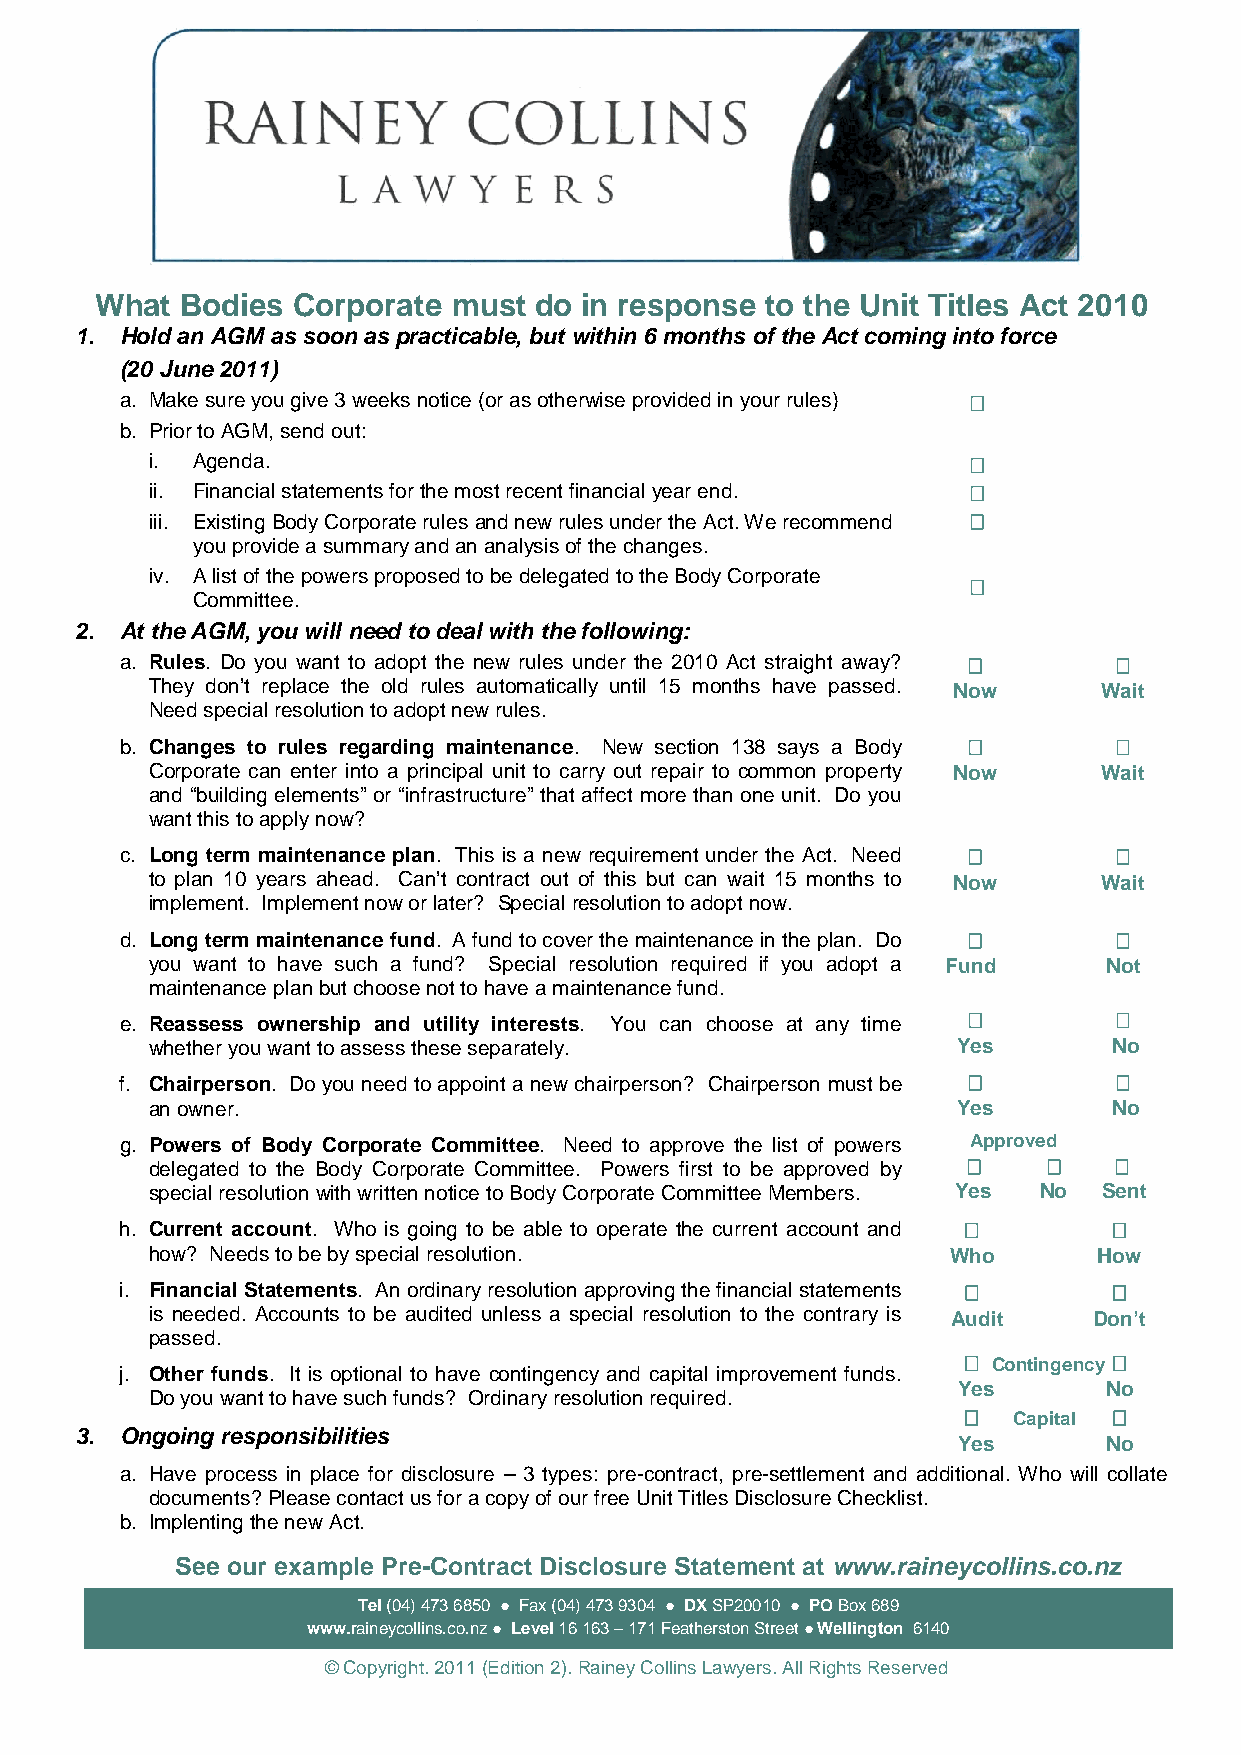
What  Bodies Corporate  must do in response  to the Unit Titles Act 2010
 1. Hold an AGM as soon as practicable, but within 6 months of the Act coming into force
 (20 June 2011)
 a. Make sure you give 3 weeks notice (or as otherwise provided in your rules)
 b. Prior to AGM, send out:
 i. Agenda.
 ii. Financial statements for the most recent financial year end.
 iii. Existing Body Corporate rules and new rules under the Act. We recommend
 you provide a summary and an analysis of the changes.
 iv. A list of the powers proposed to be delegated to the Body Corporate

 Committee.
 2. At the AGM, you will need to deal with the following:
 a. Rules. Do you want to adopt the new rules under the 2010 Act straight away?
 They don’t replace the old rules automatically until 15 months have passed. Now Wait
 Need special resolution to adopt new rules.
 b. Changes to rules regarding maintenance. New section 138 says a Body
 Corporate can enter into a principal unit to carry out repair to common property Now Wait
 and “building elements” or “infrastructure” that affect more than one unit. Do you
 want this to apply now?
 c. Long term maintenance plan. This is a new requirement under the Act. Need
 to plan 10 years ahead. Can’t contract out of this but can wait 15 months to Now Wait
 implement. Implement now or later? Special resolution to adopt now.
 d. Long term maintenance fund. A fund to cover the maintenance in the plan. Do
 you want to have such a fund? Special resolution required if you adopt a Fund Not
 maintenance plan but choose not to have a maintenance fund.
 e. Reassess ownership and utility interests. You can choose at any time

 whether you want to assess these separately.         Yes        No
 f. Chairperson. Do you need to appoint a new chairperson? Chairperson must be
 an owner.                                            Yes        No
 g. Powers of Body Corporate Committee. Need to approve the list of powers Approved
 delegated to the Body Corporate Committee. Powers first to be approved by
 special resolution with written notice to Body Corporate Committee Members. Yes No Sent
 h. Current account. Who is going to be able to operate the current account and
 how? Needs to be by special resolution.              Who       How
 i. Financial Statements. An ordinary resolution approving the financial statements
 is needed. Accounts to be audited unless a special resolution to the contrary is Audit Don’t
 passed.
  Contingency
 j. Other funds. It is optional to have contingency and capital improvement funds.
 Yes       No
 Do you want to have such funds? Ordinary resolution required.
   Capital
 3. Ongoing responsibilities
 Yes       No
 a. Have process in place for disclosure – 3 types: pre-contract, pre-settlement and additional. Who will collate
 documents? Please contact us for a copy of our free Unit Titles Disclosure Checklist.
 b. Implenting the new Act.
 c. Se e our example Pre-Contract Disclosure Statement at www.raineycollins.co.nz
 Tel (04) 473 6850 ● Fax (04) 473 9304 ● DX SP20010 ● PO Box 689
 www.raineycollins.co.nz ● Level 16 163 – 171 Featherston Street ● Wellington 6140
 © Copyright. 2011 (Edition 2). Rainey Co llins Lawyers. All Rights Reserved